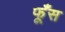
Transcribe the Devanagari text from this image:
फूँस